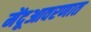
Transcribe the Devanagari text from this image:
मेंदूआवरणात